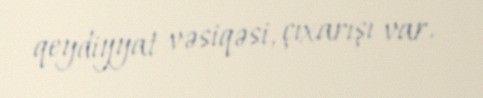
qeydiyyat vəsiqəsi, çıxarışı var.